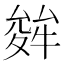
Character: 𭐩